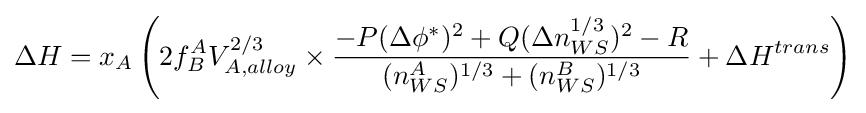
\Delta H=x_{A}\left(2f_{B}^{A}V_{A,alloy}^{2/3}\times {\frac {-P(\Delta \phi ^{*})^{2}+Q(\Delta n_{WS}^{1/3})^{2}-R}{(n_{WS}^{A})^{1/3}+(n_{WS}^{B})^{1/3}}}+\Delta H^{trans}\right)